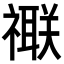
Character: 𥜁